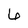
Character: 6